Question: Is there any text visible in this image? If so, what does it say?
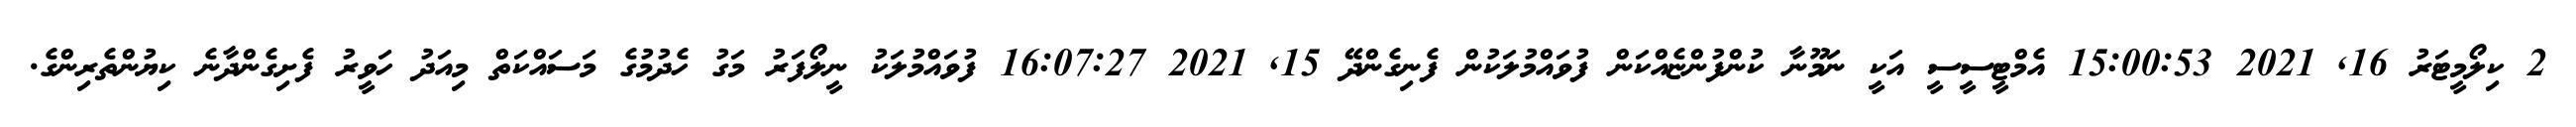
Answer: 2 ކިލޯމީޓަރު 16, 2021 15:00:53 އެމްޓީސީސީ އަކީ ނަމޫނާ ކުންފުންޏެއްކަން ފުވައްމުލަކުން ފެނިގެންދޭ 15, 2021 16:07:27 ފުވައްމުލަކު ނީލޯފަރު މަގު ހެދުމުގެ މަސައްކަތް މިއަދު ހަވީރު ފެށިގެންދާނެ ކިޔުންތެރިންގެ.